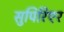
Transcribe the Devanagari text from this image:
सुपिरिएर